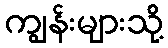
ကျွန်းများသို့